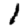
Digit: 1